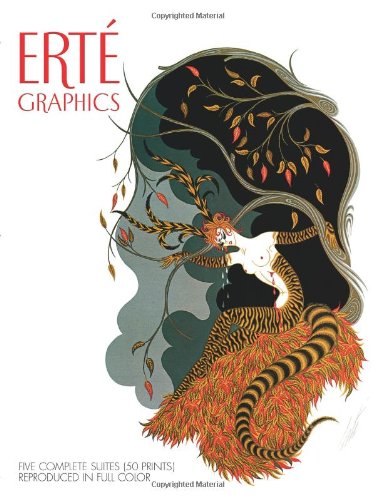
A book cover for Erte Graphics: Five Complete Suites (50 Prints) Reproduced in Full Color; Erte; Arts & Photography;